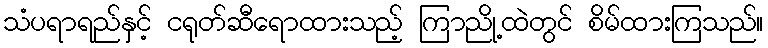
သံပရာရည်နှင့် ငရုတ်ဆီရောထားသည့် ကြာညို့ထဲတွင် စိမ်ထားကြသည်။